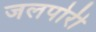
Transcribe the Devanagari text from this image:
जलपोरी